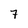
Character: 7